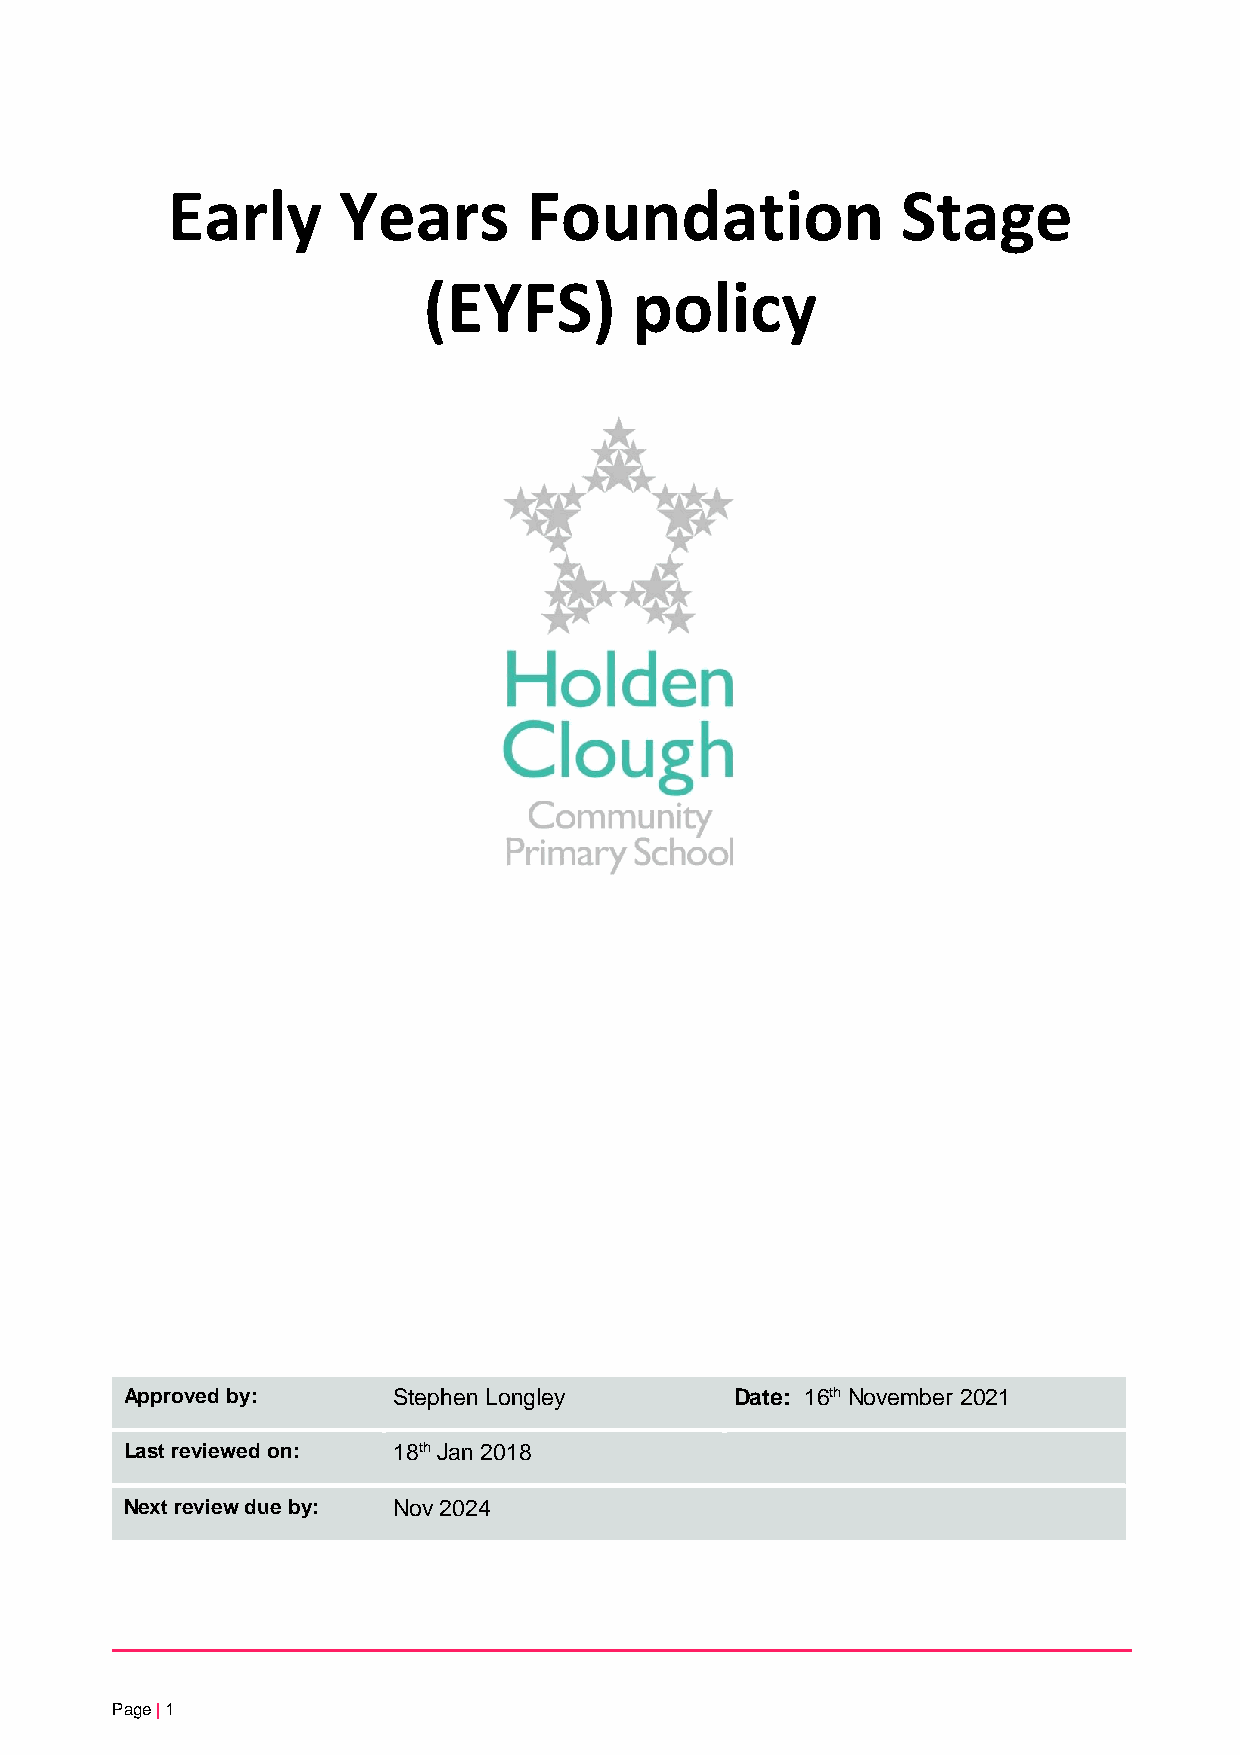
Early      Years        Foundation               Stage
 (EYFS)        policy
 Approved by:      Stephen Longley        Date: 16th November 2021
 Last reviewed on: 18th Jan 2018
 Next review due by: Nov 2024
 Page | 1